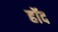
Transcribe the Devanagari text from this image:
हॉद